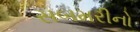
સબમરીનો